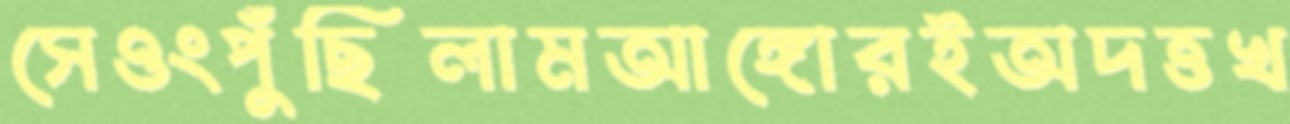
সেওংপুঁছিলামআঙ্গোরইঅদত্তখ